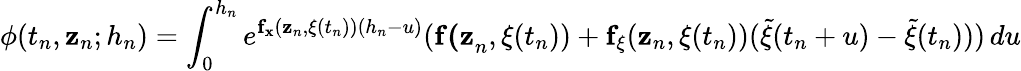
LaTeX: \mathbf{\phi}(t_{n},\mathbf{z}_{n};h_{n})=\int_{0}^{h_{n}}e^{\mathbf{f}_{\mathbf{x}}(\mathbf{z}_{n},\mathbf{\xi}(t_{n}))(h_{n}-u)}(\mathbf{f(z}_{n},\mathbf{\xi}(t_{n}))+\mathbf{f}_{\mathbf{\xi}}(\mathbf{z}_{n},\mathbf{\xi}(t_{n}))({\widetilde{\mathbf{\xi}}}(t_{n}+u)-{\widetilde{\mathbf{\xi}}}(t_{n})))\, du